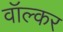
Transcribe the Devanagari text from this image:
वॉल्कर